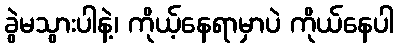
ခွဲမသွားပါနဲ့၊ ကိုယ့်နေရာမှာပဲ ကိုယ်နေပါ